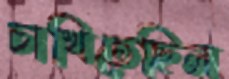
চাখিতেছিল